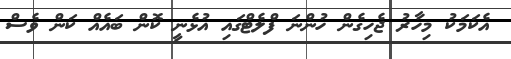
އެކަމަކު މިހާރު ޖެހިގެން ހުންނަ ފްލެޓްގައި އުޅެނީ ކޮން ބައެއް ކަން ވެސް